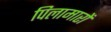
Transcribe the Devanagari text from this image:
पिलामारों